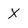
Character: X